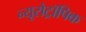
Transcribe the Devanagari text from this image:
न्यूरोट्रॉपिक